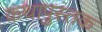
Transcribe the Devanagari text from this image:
कथापुस्तक